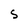
Character: S